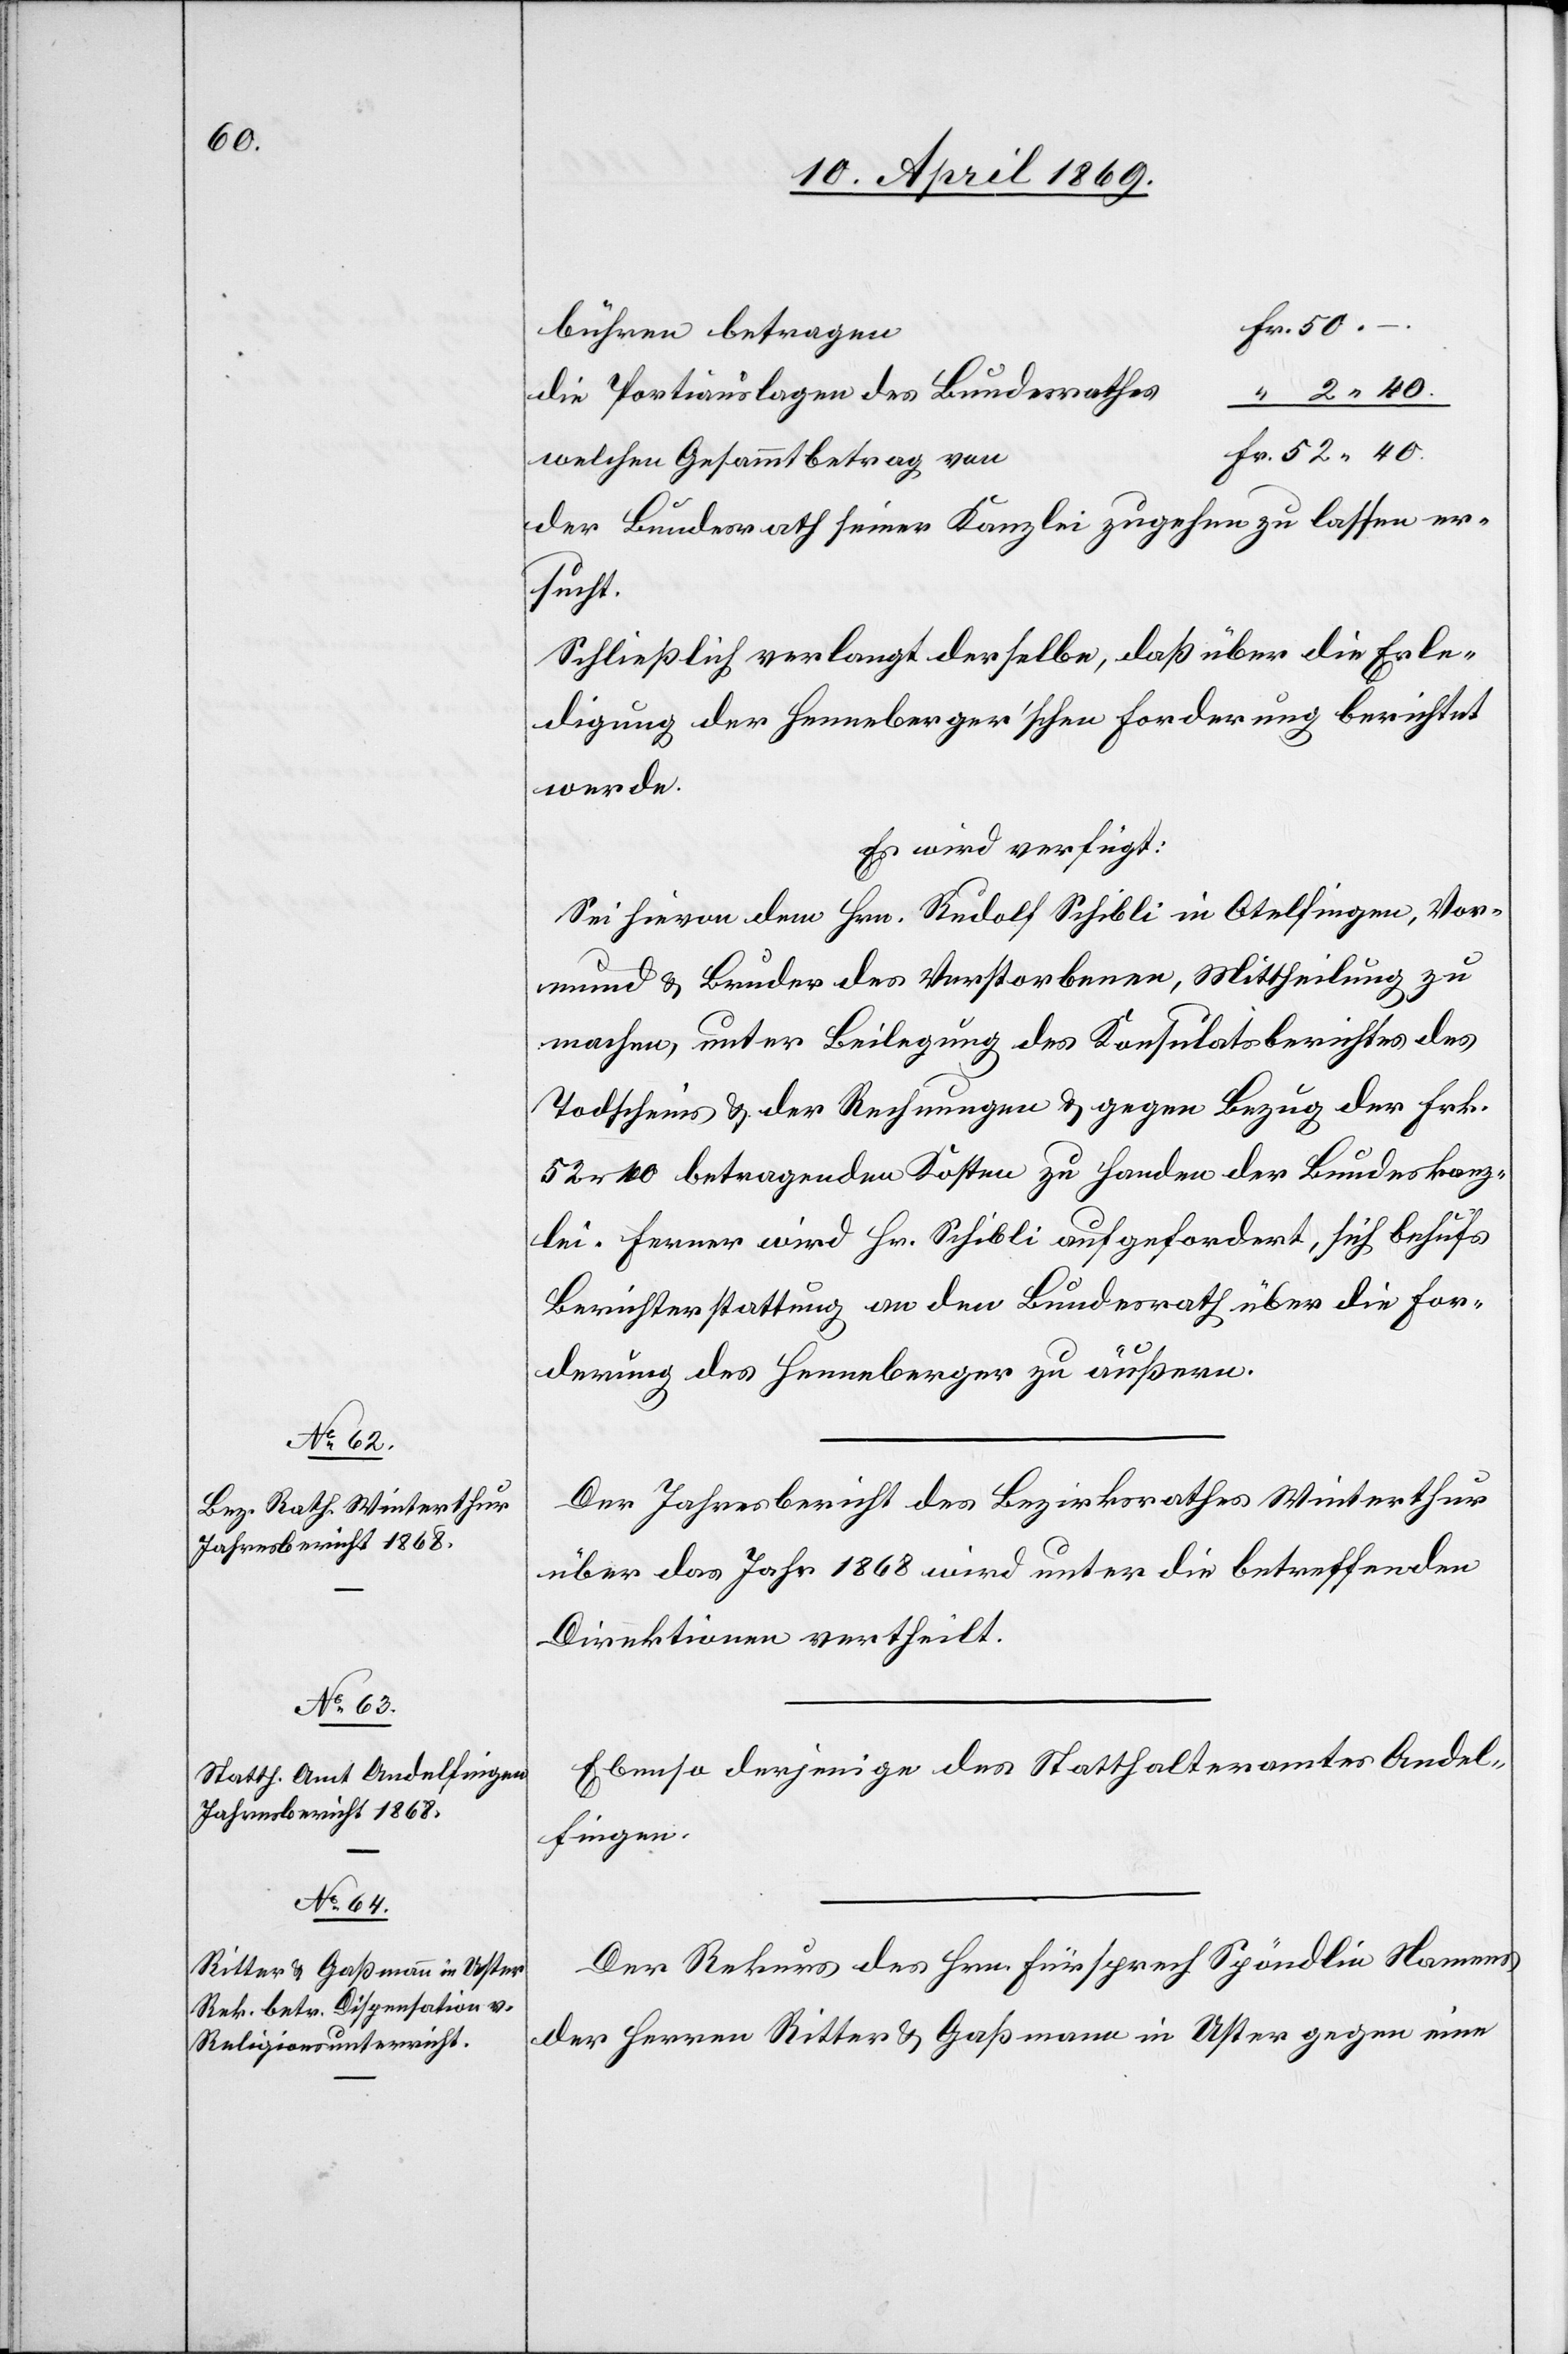
40.

15. April 1869.]
bühren betragen
die Portiauslagen des Bundesrathes
welchen Gesammtbetrag von
der Bundesrath seiner Kanzlei zugehen zu lassen er¬
sucht.
Schließlich verlangt derselbe, daß über die Erle¬
digung der Henneberger’schen Forderung berichtet
werde.
Es wird verfügt:
Sei hievon dem Hrn. Rudolf Schibli in Otelfingen, Vor¬
mund u. Bruder des Verstorbenen, Mittheilung zu
machen, unter Beilegung des Konsulatsberichtes[,] des
Todscheines u. der Rechnungen u. gegen Bezug der Frk.
52 40 betragenden Kosten zu Handen der Bundeskanz¬
lei. Ferner wird Hr. Schibli aufgefordert, sich behufs
Berichterstattung an den Bundesrath über die For¬
derung des Henneberger zu äußern.
Der Jahresbericht des Bezirksrathes Winterthur
über das Jahr 1868 wird unter die betreffenden
Direktionen vertheilt.
Ebenso derjenige des Statthalteramtes Andel¬
fingen.
Der Rekurs des Hrn. Fürsprech Spöndlin Namens
der Herren Ritter u. Gaßmann in Uster gegen eine